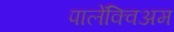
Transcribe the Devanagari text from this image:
पालेंक्विअम